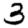
Digit: 3